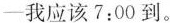
—我应该7:00到。